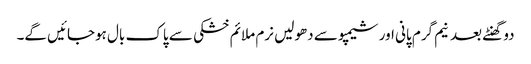
دو گھنٹے بعد نیم گرم پانی اور شیمپو سے دھولیں نرم ملائم خشکی سے پاک بال ہوجائیں گے۔